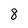
Character: 8